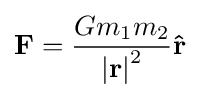
\mathbf {F} ={\frac {Gm_{1}m_{2}}{\left|\mathbf {r} \right|^{2}}}\mathbf {\hat {r}} \,\!